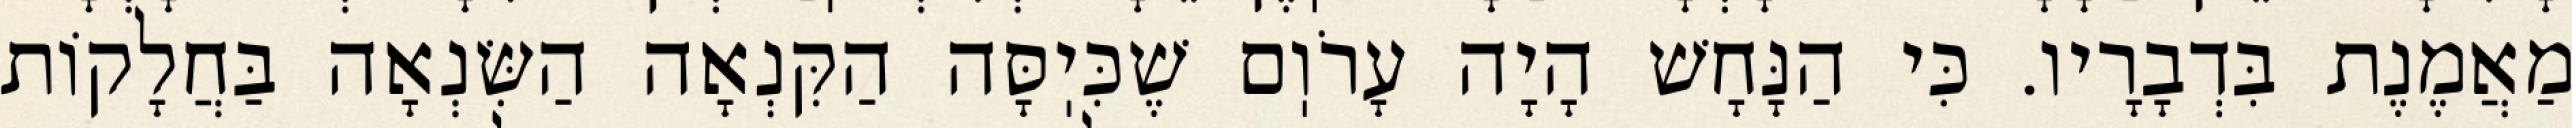
מַאֲמֶנֶת בִּדְבָרָיו. כִּי הַנָּחָשׁ הָיָה עָרֹוֽם שֶׁכִּיֽסָּה הַקִּנְאָה הַשִּׂנְאָה בַּחֲלָקוֹת